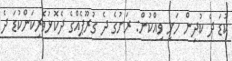
ކުޑަ ދެ ކުދިން ހަށި ވިއްކުން: ރަށުގެ ދެ ގުރޫޕެއްގެ ދެކޮޅުވެރިކަންކުޑަ ދެ